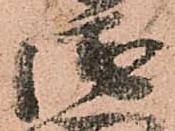
衛